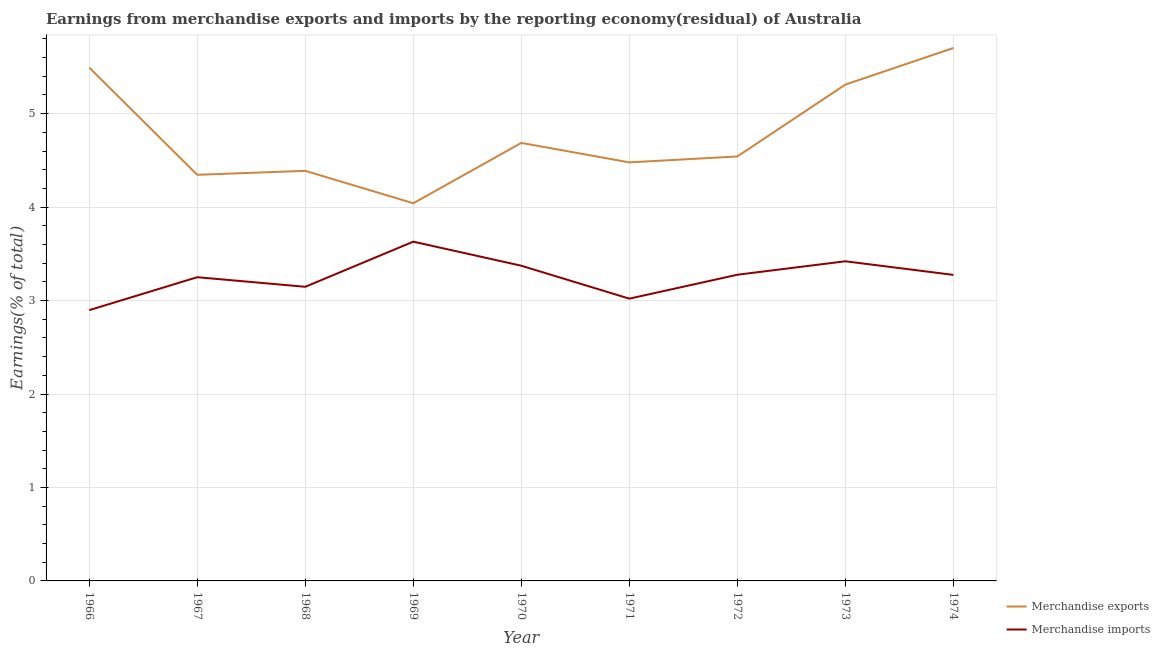
| Year | Merchandise exports | Merchandise imports |
 | --- | --- | --- |
 | 1966 | 5.49 | 2.9 |
 | 1967 | 4.35 | 3.25 |
 | 1968 | 4.39 | 3.15 |
 | 1969 | 4.04 | 3.63 |
 | 1970 | 4.69 | 3.37 |
 | 1971 | 4.48 | 3.02 |
 | 1972 | 4.54 | 3.28 |
 | 1973 | 5.31 | 3.42 |
 | 1974 | 5.7 | 3.27 |